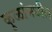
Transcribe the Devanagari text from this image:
कुळांमधील